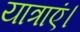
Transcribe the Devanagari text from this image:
यात्राएं।